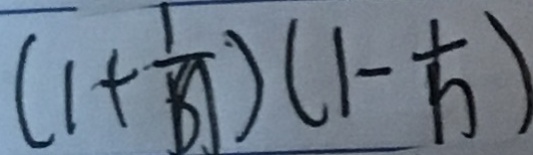
( 1 + \frac { 1 } { n } ) ( 1 - \frac { 1 } { n } )